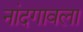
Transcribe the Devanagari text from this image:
नांदगावला